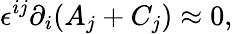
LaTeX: \epsilon^{ij}\partial_{i}(A_{j}+C_{j})\approx 0,